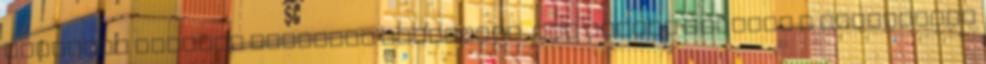
Gondolta meglepi gyonyoru feleséget, aki miután elvitte a gyerekeket